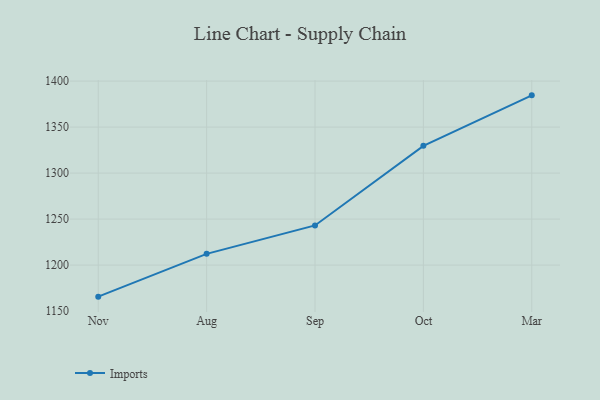
{"axis": {"x": "Month", "y": "Market Share (%)"}, "legend": ["Imports"], "data": [{"x": "Nov", "y": 1165.7, "type": "Imports"}, {"x": "Aug", "y": 1212.2, "type": "Imports"}, {"x": "Sep", "y": 1243.1, "type": "Imports"}, {"x": "Oct", "y": 1329.6, "type": "Imports"}, {"x": "Mar", "y": 1384.5, "type": "Imports"}]}